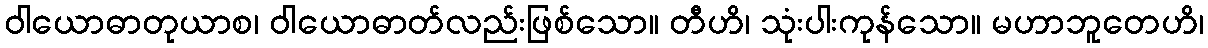
ဝါယောဓာတုယာစ၊ ဝါယောဓာတ်လည်းဖြစ်သော။ တီဟိ၊ သုံးပါးကုန်သော။ မဟာဘူတေဟိ၊